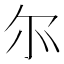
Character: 𫹬